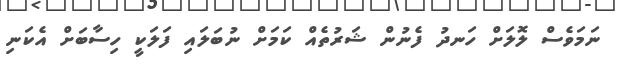
ނަމަވެސް ލޮލަށް ހަނދު ފެނުން ޝަރުތެއް ކަމަށް ނުބަލައި ފަލަކީ ހިސާބަށް އެކަނި